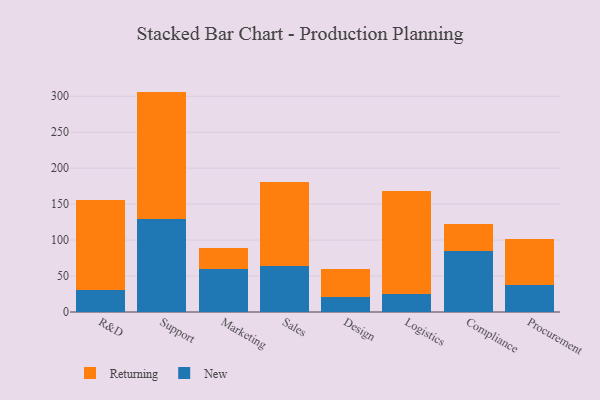
{"axis": {"x": "Department", "y": "Temperature (°C)"}, "legend": ["New", "Returning"], "data": [{"x": "R&D", "y": 30.3, "type": "New"}, {"x": "R&D", "y": 125.3, "type": "Returning"}, {"x": "Support", "y": 130.0, "type": "New"}, {"x": "Support", "y": 176.5, "type": "Returning"}, {"x": "Marketing", "y": 60.2, "type": "New"}, {"x": "Marketing", "y": 28.8, "type": "Returning"}, {"x": "Sales", "y": 63.3, "type": "New"}, {"x": "Sales", "y": 117.8, "type": "Returning"}, {"x": "Design", "y": 20.6, "type": "New"}, {"x": "Design", "y": 38.8, "type": "Returning"}, {"x": "Logistics", "y": 25.7, "type": "New"}, {"x": "Logistics", "y": 142.0, "type": "Returning"}, {"x": "Compliance", "y": 85.5, "type": "New"}, {"x": "Compliance", "y": 37.1, "type": "Returning"}, {"x": "Procurement", "y": 37.8, "type": "New"}, {"x": "Procurement", "y": 64.4, "type": "Returning"}]}